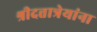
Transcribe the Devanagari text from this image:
श्रीदत्तात्रेयांना